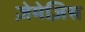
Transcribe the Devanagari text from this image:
ज़ेमेज़िस